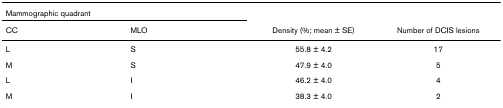
<table><thead><tr><td colspan="2"><b>Mammographic quadrant</b></td><td></td><td></td></tr><tr><td><b>CC</b></td><td><b>MLO</b></td><td><b>Density (%; mean ± SE)</b></td><td><b>Number of DCIS lesions</b></td></tr></thead><tbody><tr><td>L</td><td>S</td><td>55.8 ± 4.2</td><td>17</td></tr><tr><td>M</td><td>S</td><td>47.9 ± 4.0</td><td>5</td></tr><tr><td>L</td><td>I</td><td>46.2 ± 4.0</td><td>4</td></tr><tr><td>M</td><td>I</td><td>38.3 ± 4.0</td><td>2</td></tr></tbody></table>